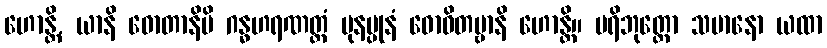
ဟောန္တိ, ယာနိ ဓောတာနိပိ ဂန္ဓဟရဏတ္ထံ ပုနပ္ပုနံ ဓောဝိတဗ္ဗာနိ ဟောန္တိ။ ပရိဘုတ္တော သမာနော ယထာ